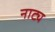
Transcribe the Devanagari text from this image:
नाट्य